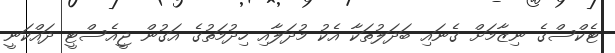
ޓެކްސްގެ ނިޒާމަށް ގެނައި ބަދަލުތަކާ އެކު މުދަލާއި ހިދުމަތުގެ އަގުން ޖީއެސްޓީ ދައްކަނީ